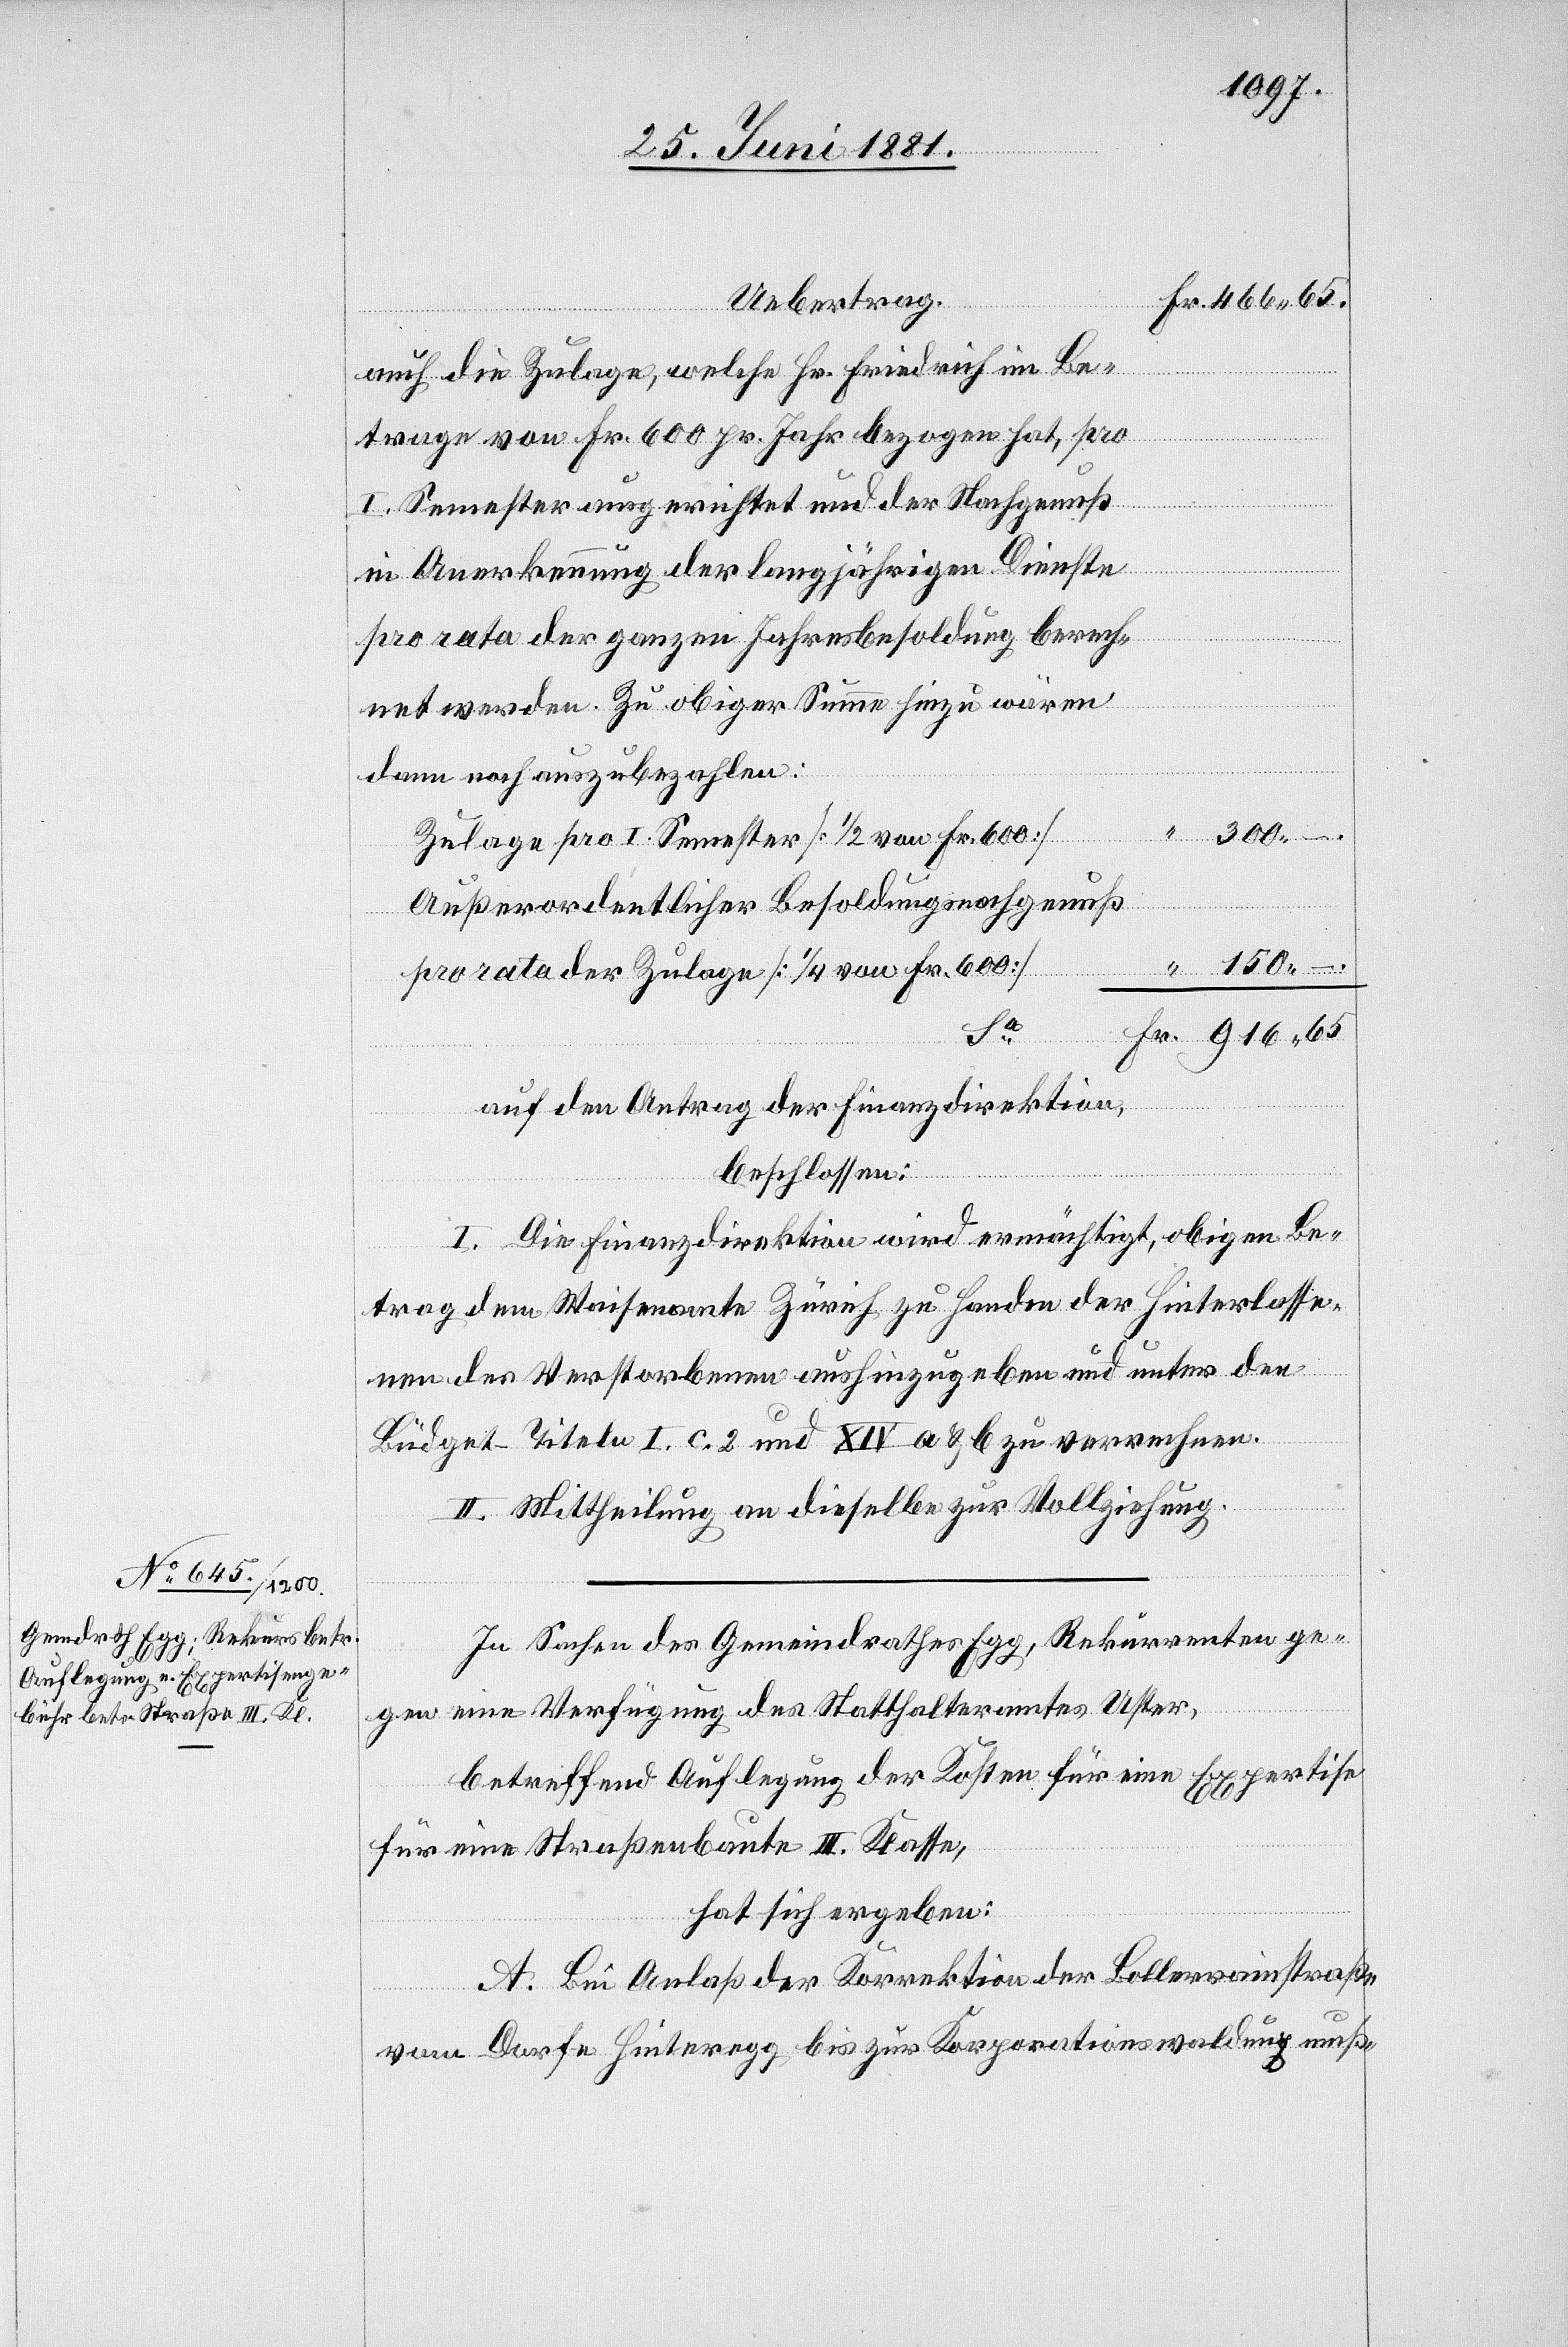
Uebertrag.
auf die Zulage, welche Hr. Friedrich im Be¬
trage von Fr. 600 pr. Jahr bezogen hat, pro
I. Semester ausgerichtet und der Nachgenuß
in Anerkennung der langjährigen Dienste
pro rata der ganzen Jahresbesoldung berech¬
net werden. Zu obiger Summe hinzu wären
dann noch auszubezahlen:
Zulage pro I. Semester [1/2 von Fr. 600]
Außerordentlicher Besoldungsnachgenuß
pro rata der Zulage [1/4 von Fr. 600]
–.
65.
auf den Antrag der Finanzdirektion,
Fr.
beschlossen:
I. Die Finanzdirektion wird ermächtigt, obigen Be¬
trag dem Waisenamte Zürich zu Handen der Hinterlasse¬
nen des Verstorbenen aushinzugeben und unter den
Büdget-Titeln I. C. 2 und IXV a & b zu verrechnen.
II. Mittheilung an dieselbe zur Vollziehung.
In Sachen des Gemeindrathes Egg, Rekurrenten ge¬
gen eine Verfügung des Statthalteramtes Uster,
betreffend Auflegung der Kosten für eine Expertise
für eine Straßenbaute III. Klasse,
hat sich ergeben:
A. Bei Anlaß der Korrektion der Bollerrainstraße
vom Dorfe Hinteregg bis zur Korporationswaldung muß-